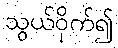
သွယ်ဝိုက်၍